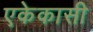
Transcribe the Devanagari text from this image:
एकेकासी